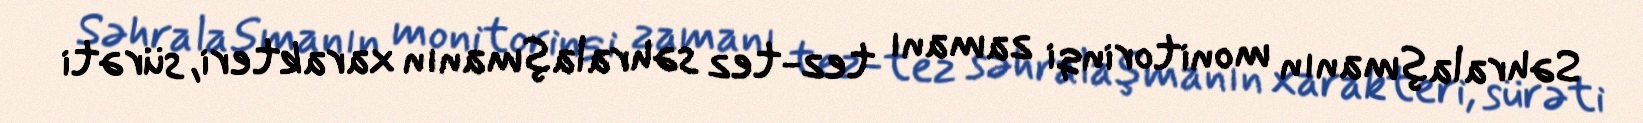
Səhralaşmanın monitorinqi zamanı tez-tez səhralaşmanın xarakteri, sürəti